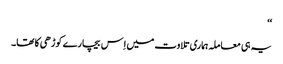
‘‘
یہ ہی معاملہ ہماری تلاوت میں اِس بیچارے کوڑھی کا تھا۔